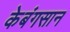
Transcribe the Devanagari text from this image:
केबंगसान